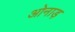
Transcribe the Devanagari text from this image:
ओनाड़